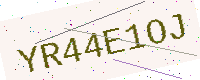
Text: YR44E1OJ